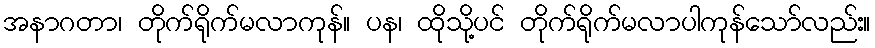
အနာဂတာ၊ တိုက်ရိုက်မလာကုန်။ ပန၊ ထိုသို့ပင် တိုက်ရိုက်မလာပါကုန်သော်လည်း။